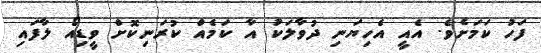
ފަހު ކަމަށެވެ. އެއީ އެހިޔަނި ދުވާލަކު އާ ކަމެއް ކުރަނިކޮށް ވީޑިއޯ ލާފައި